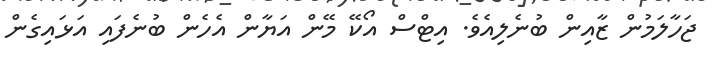
ޖަހާލަމުން ޒާއިން ބުނެލިއެވެ. އިޓްސް އޯކޭ މޭން އަޔާން އެހެން ބުނެފައި އަޅައިގެން